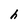
Character: h